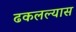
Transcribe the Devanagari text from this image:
ढकलल्यास